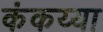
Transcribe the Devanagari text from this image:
कंकय्या